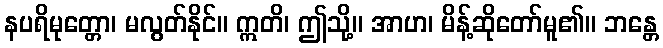
နပရိမုတ္တော၊ မလွတ်နိုင်။ ဣတိ၊ ဤသို့။ အာဟ၊ မိန့်ဆိုတော်မူ၏။ ဘန္တေ